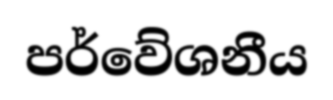
පර්වේශනීය